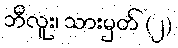
ဘီလူး၊ သားမှတ် (၂)